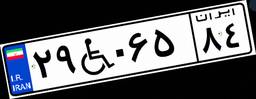
۵۹W۴۶۷۳۹